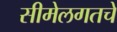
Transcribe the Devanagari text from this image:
सीमेलगतचे